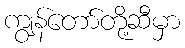
ကျွန်တော်တို့ဆီမှာ